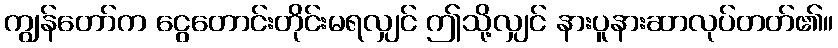
ကျွန်တော်က ငွေတောင်းတိုင်းမရလျှင် ဤသို့လျှင် နားပူနားဆာလုပ်တတ်၏။